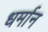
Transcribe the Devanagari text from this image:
धर्मान